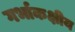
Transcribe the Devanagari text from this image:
गर्भाकक्षीय